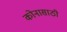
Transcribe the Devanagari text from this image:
कोनासाठी